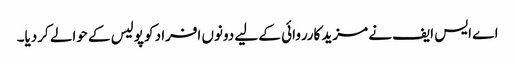
اے ایس ایف نے مزید کارروائی کے لیے دونوں افراد کو پولیس کے حوالے کردیا۔